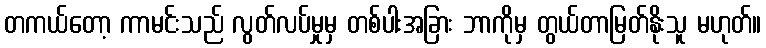
တကယ်တော့ ကာမင်းသည် လွတ်လပ်မှုမှ တစ်ပါးအခြား ဘာကိုမှ တွယ်တာမြတ်နိုးသူ မဟုတ်။